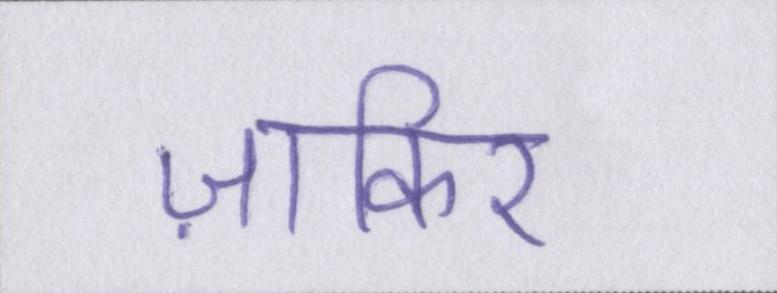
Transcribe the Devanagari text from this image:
ज़ाकिर